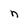
Character: n